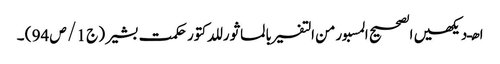
ا ھـ دیکھیں الصحیح المسبورمن التفسیر بالماثور للدکتور حکمت بشیر ( ج 1 / ص 94 ) ۔